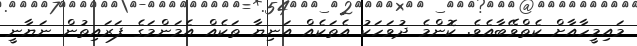
މައިމީހާއާށް ކެތްވޭބާއެވެ. ކޮންމެ ދުވަހަކު އެތަކެއް އަނިޔާ ތަކެއް އެމަންމަގެ ފަރައިތުން ނަޔާނީ